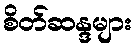
စိတ်ဆန္ဒများ